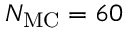
N _ { \mathrm { M C } } = 6 0